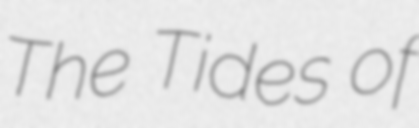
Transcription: The Tides of